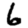
Digit: 6